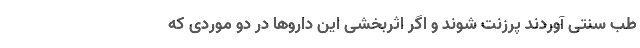
طب سنتی آوردند پرزنت شوند و اگر اثربخشی این داروها در دو موردی که